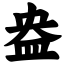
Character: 盎